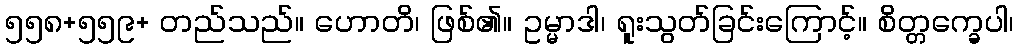
၅၅၈+၅၅၉+ တည်သည်။ ဟောတိ၊ ဖြစ်၏။ ဥမ္မာဒါ၊ ရူးသွတ်ခြင်းကြောင့်။ စိတ္တက္ခေပါ၊